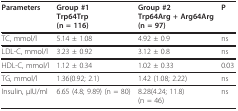
| Parameters | Group #1Trp64Trp(n = 116) | Group #2Trp64Arg + Arg64Arg(n = 97) | P |
 | --- | --- | --- | --- |
 | TC, mmol/l | 5.14 ± 1.08 | 4.92 ± 0.9 | ns |
 | LDL-C, mmol/l | 3.23 ± 0.92 | 3.12 ± 0.8 | ns |
 | HDL-C, mmol/l | 1.12 ± 0.34 | 1.02 ± 0.33 | 0.03 |
 | TG, mmol/l | 1.36(0.92; 2.1) | 1.42 (1.08; 2.22) | ns |
 | Insulin, μIU/ml | 6.65 (4.8; 9.89) (n = 80) | 8.28(4.24; 11.8)(n = 46) | ns |